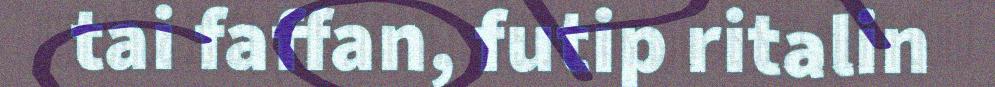
tai faffan, futip ritalin